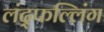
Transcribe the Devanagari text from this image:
लंद्फल्लिंग